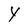
Character: Y